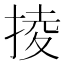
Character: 掕